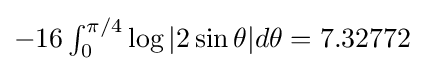
\textstyle -16\int _{0}^{\pi /4}{\log {|2\sin \theta |}d\theta }=7.32772